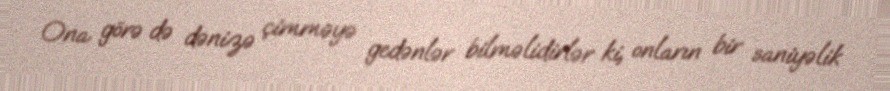
Ona görə də dənizə çimməyə gedənlər bilməlidirlər ki, onların bir saniyəlik